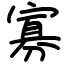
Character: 寡